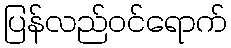
ပြန်လည်ဝင်ရောက်